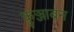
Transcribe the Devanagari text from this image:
कुञ्जाबन